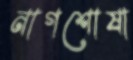
নাগশোষা